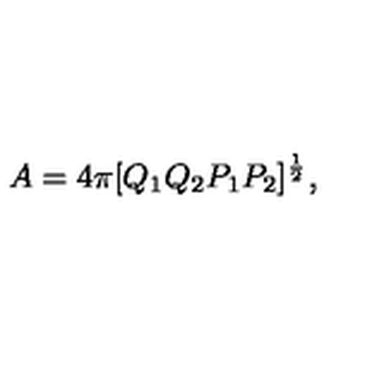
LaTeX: A = 4 \pi [ Q _ { 1 } Q _ { 2 } P _ { 1 } P _ { 2 } ] ^ { \frac { 1 } { 2 } } ,